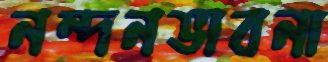
নন্দনভাবনা